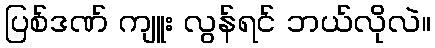
ပြစ်ဒဏ် ကျူး လွန်ရင် ဘယ်လိုလဲ။